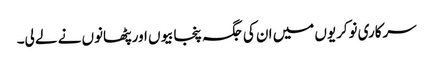
سرکاری نوکریوں میں ان کی جگہ پنجابیوں اور پٹھانوں نے لے لی۔